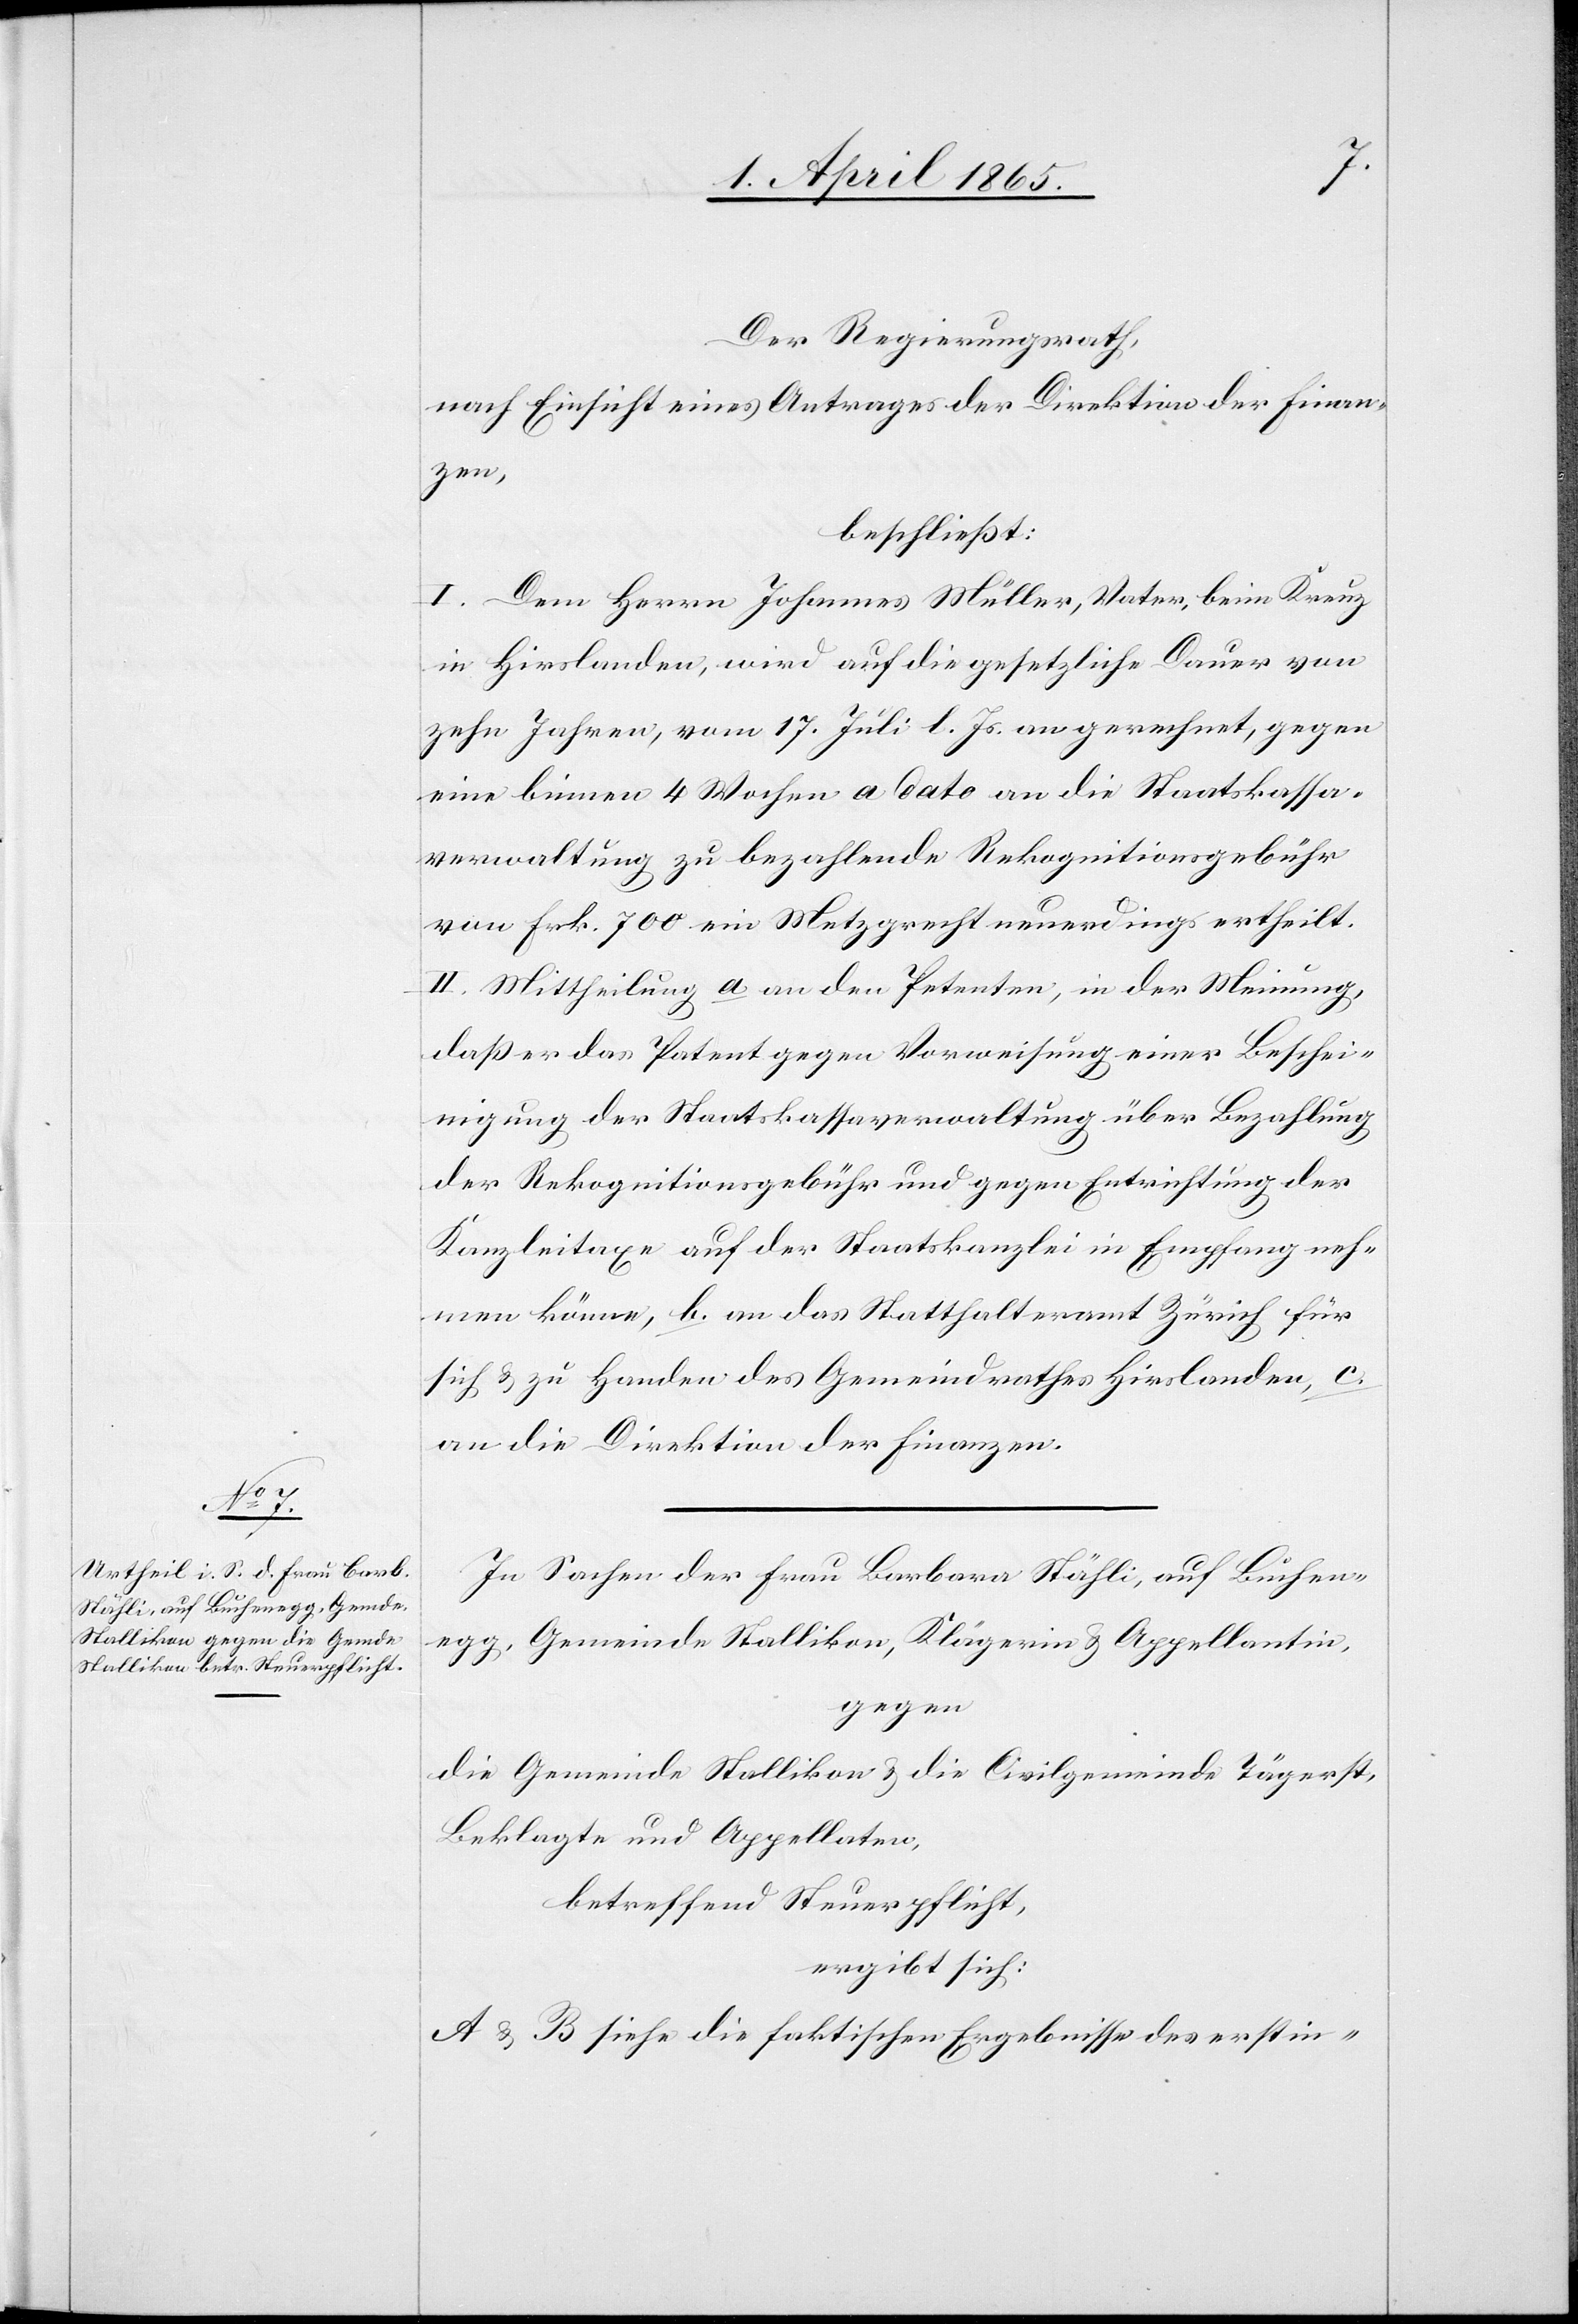
Der Regierungsrath,
nach Einsicht eines Antrages der Direktion der Finan¬
zen,
beschließt:
I. Dem Herrn Johannes Müller, Vater, beim Kreuz
in Hirslanden, wird auf die gesetzliche Dauer von
zehn Jahren, vom 17. Juli l. Js. angerechnet, gegen
eine binnen 4 Wochen a dato an die Staatskassa¬
verwaltung zu bezahlende Rekognitionsgebühr
von Frk. 700 ein Metzgrecht neuerdings ertheilt.
II. Mittheilung a. an den Petenten, in der Meinung,
daß er das Patent gegen Vorweisung einer Beschei¬
nigung der Staatskassaverwaltung über Bezahlung
der Rekognitionsgebühr und gegen Entrichtung der
Kanzleitaxe auf der Staatskanzlei in Empfang neh¬
men könne, b. an das Statthalteramt Zürich für
sich & zu Handen des Gemeindrathes Hirslanden, c.
an die Direktion der Finanzen.
In Sachen der Frau Barbara Stähli, auf Buchen¬
egg, Gemeinde Stallikon, Klägerin & Appellantin,
gegen
die Gemeinde Stallikon & die Civilgemeinde Tägerst,
Beklagte und Appellaten,
betreffend Steuerpflicht,
ergibt sich:
A & B siehe die faktischen Ergebnisse des erstin-